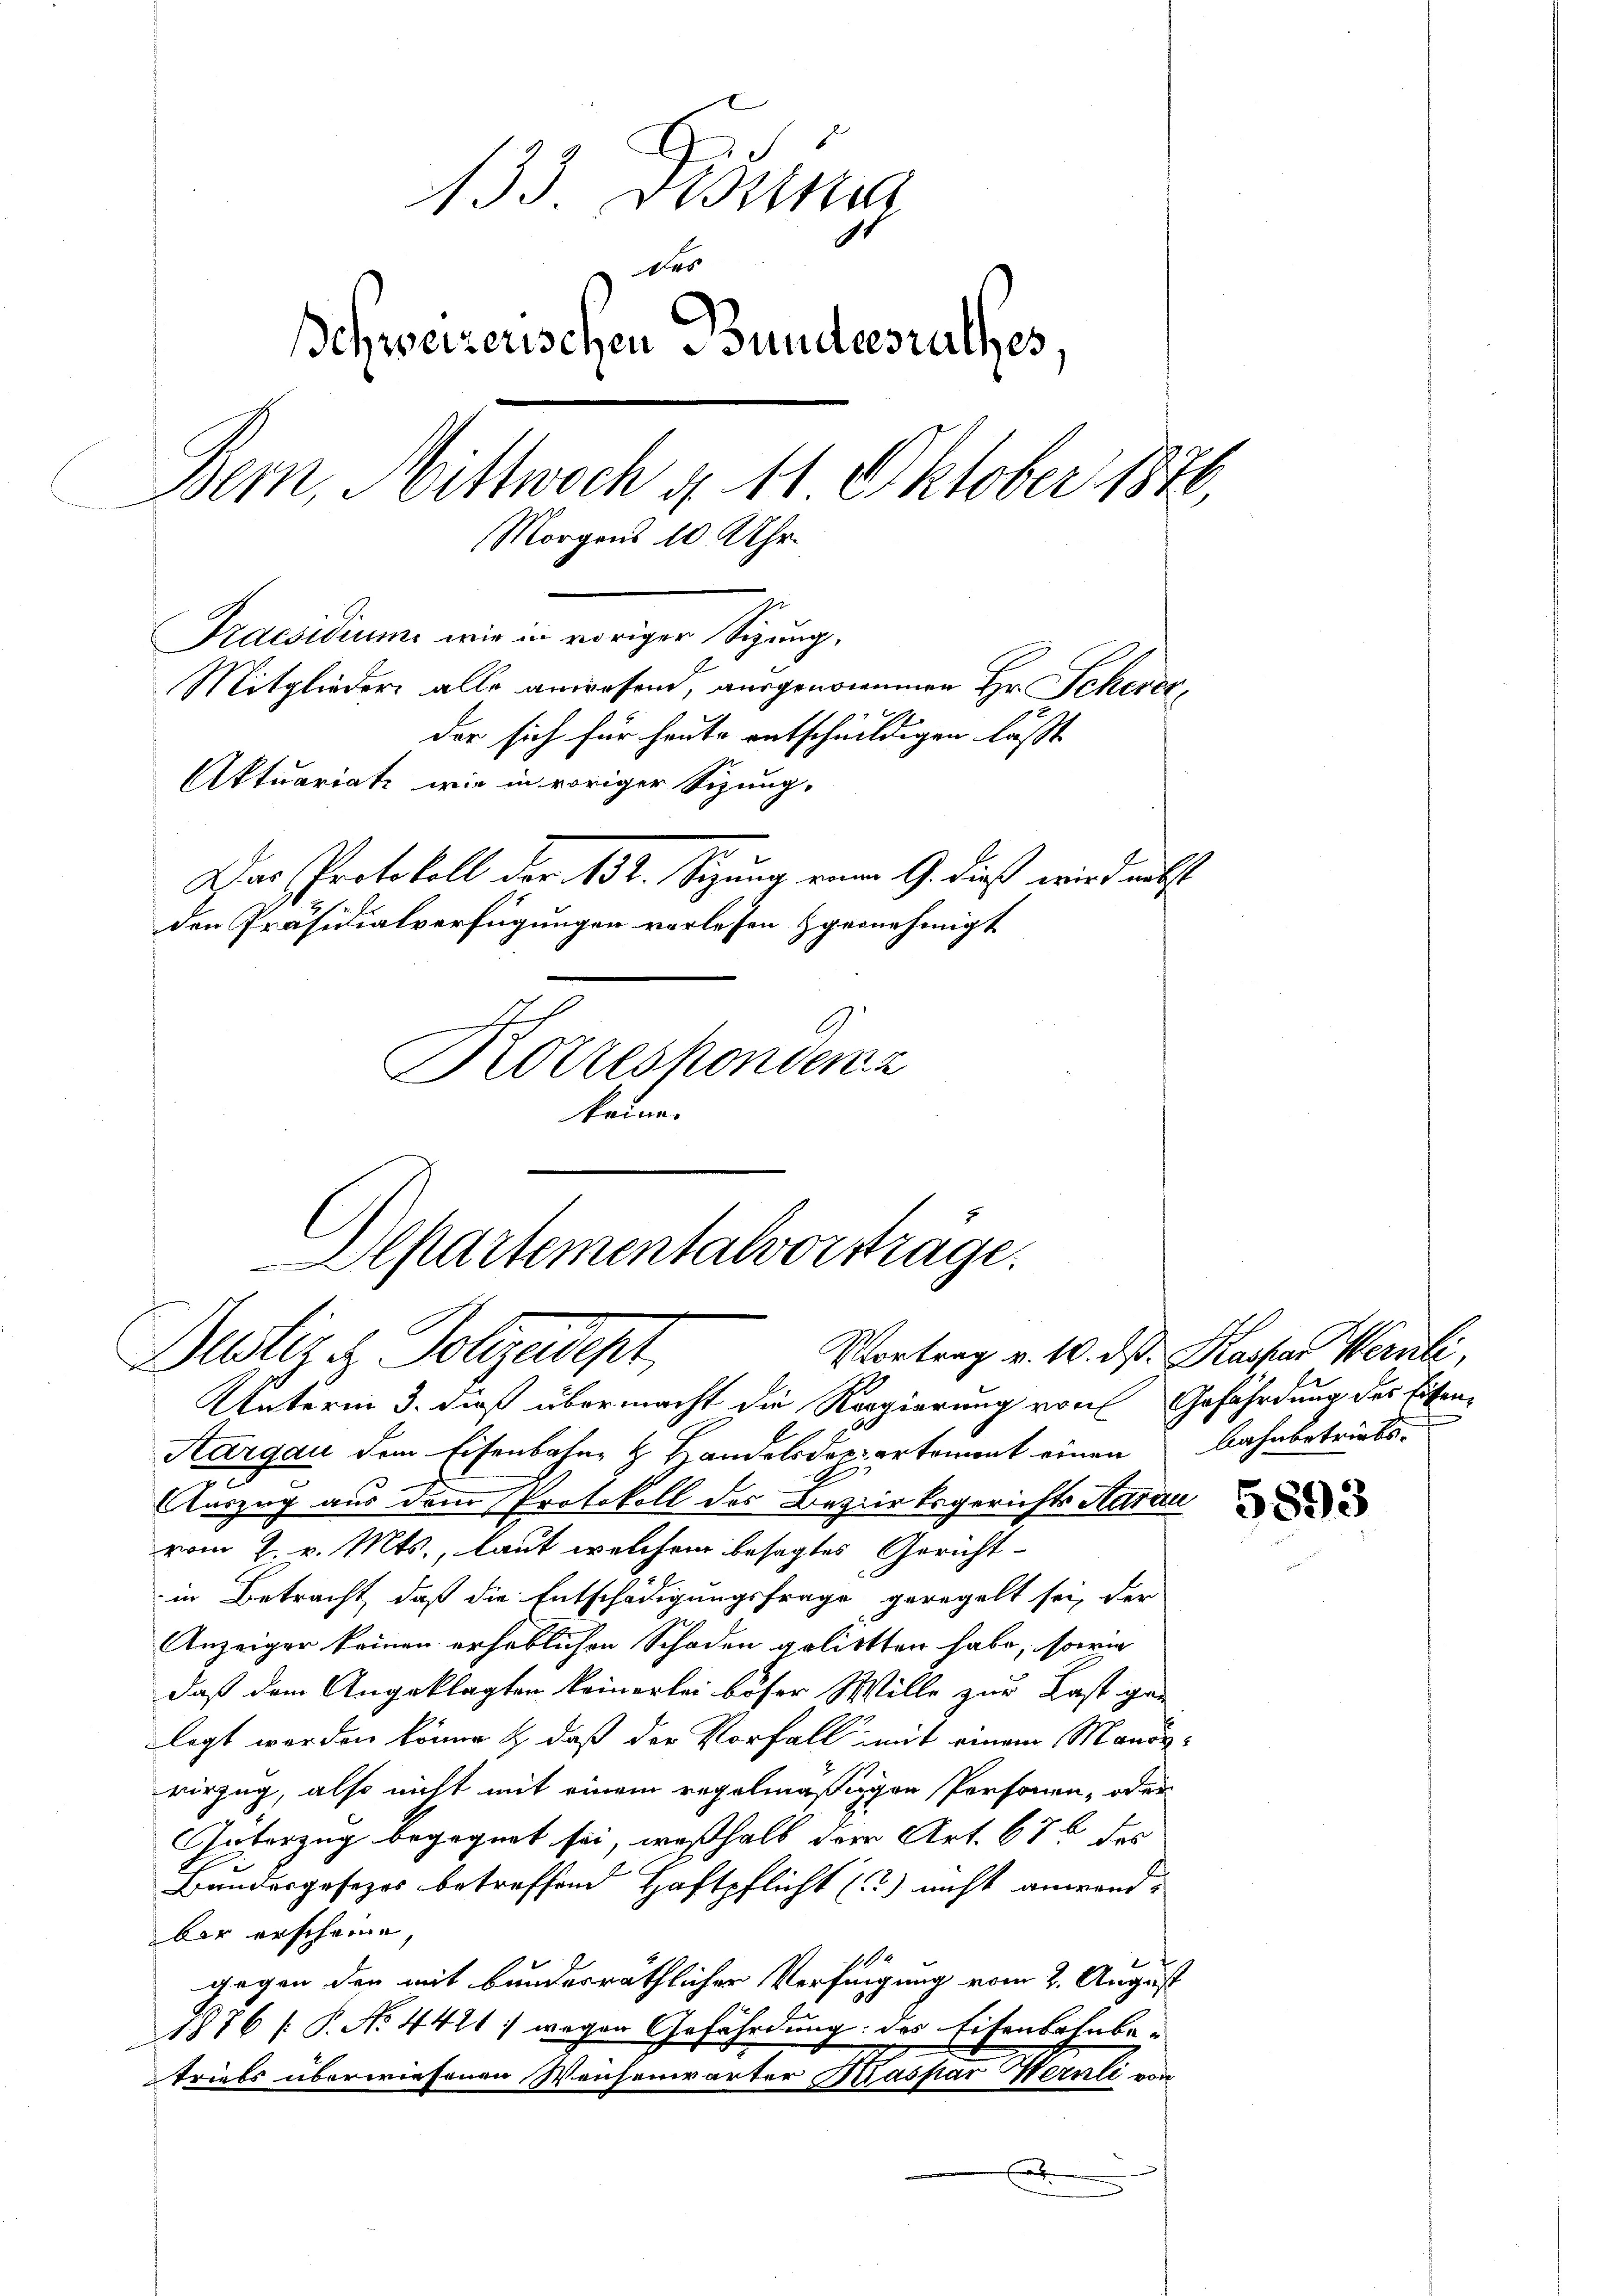
133 Didung
des
chweizerischen Bundesrathes,
Bern, soittwoch d. 11 Oktober 1876,
Morgens 10 Uhr.
Praesidium wir in voriger Sizung,
Mitglieder alle anwesend, ausgenommen Hr. Scherer,
der sich für heute entschuldigen lässt
Aktuariati, wie in voriger Sizung,
Dar Protokoll der 152. Sitzung einer G. dieß wird nebst
den Präsidialverfügungen verlesen gernehmigt
Korrespondenz
keine.

Aepartementalvorsträge.
Bustiz & Polczadept

Unterm 3. dieß übermacht die Regierung von Gefährdung des Eisen-
Aargau dem Eisenbahn & Handelsderartement einen Bahnbetriebs¬
Auszug aus dem Protokoll des Bezirksgerichts Aarau
vom 2. v. Mts., laut welchem besagtes Gerichtin Betracht, daß die Entschädigungsfrage geregelt sei, der
Anzeiger keinen erheblichen Schaden gelittten habe, sowie
daß dem Angeklagten keinerlei böser Wille zur Last gan
legt werden könne & daß der Vorfall mit einem Mandavirzug, also nicht mit einem regelmäßigen Personen, oder
Güterzug begegnet sei, weßhalb der Art. 676 des
Bundesgesezes betreffend Haftpflicht (?) nicht anwendbar erscheine,
10
gegen den mit bundesräthlicher Verfügung vom 2. August
1876 [ P. No. 4421 :/ wegen Gefährdung: des Eisenbahnbetriefs überwiesenen Weisenwärter Kaspar Wernli von
.

Vortrag v. 10. ds. Kaspar Wernli,

5893